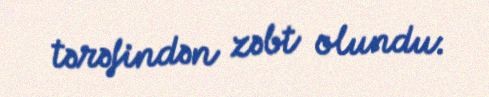
tərəfindən zəbt olundu.